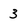
Character: 3